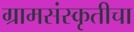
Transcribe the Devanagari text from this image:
ग्रामसंस्कृतीचा